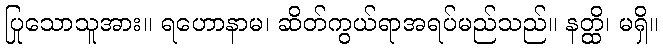
ပြုသောသူအား။ ရဟောနာမ၊ ဆိတ်ကွယ်ရာအရပ်မည်သည်။ နတ္ထိ၊ မရှိ။